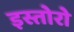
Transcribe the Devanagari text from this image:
इस्तोरो